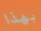
بهذا